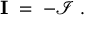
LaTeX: { \mathbf I } \; = \; - { \mathcal I } \; .